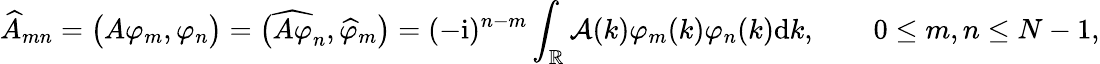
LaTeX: \widehat{A}_{mn}=\big(A\varphi_{m},\varphi_{n}\big)=\big(\widehat{A\varphi}_{n},\widehat{\varphi}_{m}\big)=(-\mathrm{i})^{n-m}\int_{\mathbb{R}}\mathcal{A}(k)\varphi_{m}(k)\varphi_{n}(k)\mathrm{d}k,\qquad 0\leq m,n\leq N-1,